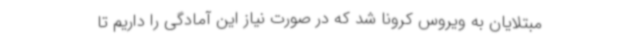
مبتلایان به ویروس کرونا شد که در صورت نیاز این آمادگی را داریم تا